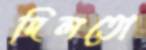
দিলতো